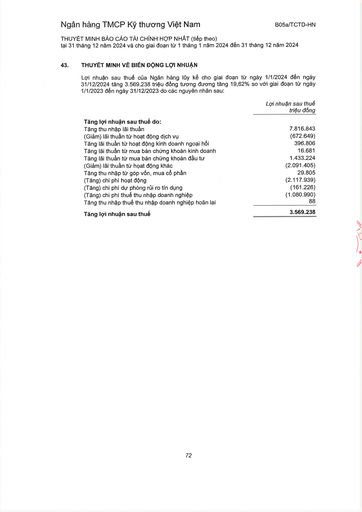
||Lợi nhuận sau thuế triệu đồng| |---|---| |Tăng lợi nhuận sau thuế do:|| |Tăng thu nhập lãi thuần|7.816.843| |(Giảm) lãi thuần từ hoạt động dịch vụ|(672.649)| |Tăng lãi thuần từ hoạt động kinh doanh ngoại hối|396.806| |Tăng lãi thuần từ mua bán chứng khoán kinh doanh|16.681| |Tăng lãi thuần từ mua bán chứng khoán đầu tư|1.433.224| |(Giảm) lãi thuần từ hoạt động khác|(2.091.405)| |Tăng thu nhập từ góp vốn, mua cổ phần|29.805| |(Tăng) chi phí hoạt động|(2.117.939)| |(Tăng) chi phí dự phòng rủi ro tín dụng|(161.226)| |(Tăng) chi phí thuế thu nhập doanh nghiệp|(1.080.990)| |Tăng thu nhập thuế thu nhập doanh nghiệp hoãn lại|88| |Tăng lợi nhuận sau thuế|3.569.238|